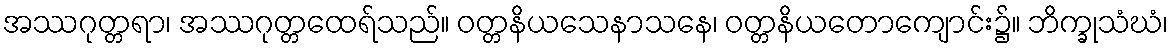
အဿဂုတ္တရာ၊ အဿဂုတ္တထေရ်သည်။ ဝတ္တနိယသေနာသနေ၊ ဝတ္တနိယတောကျောင်း၌။ ဘိက္ခုသံဃံ၊